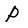
Character: P